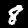
Digit: 8